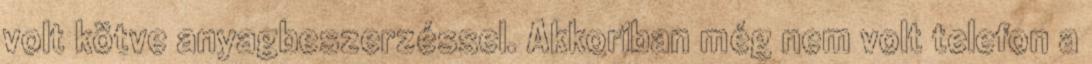
volt kötve anyagbeszerzéssel. Akkoriban még nem volt telefon a